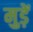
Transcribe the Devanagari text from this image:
मुड़ें